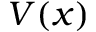
V ( x )